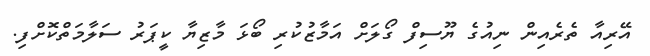
އޭރިއާ ތެރެއިން ނިއުގެ ޔޫސިފް ގޯލަށް އަމާޒުކުރި ބޯޅަ މާޒިޔާ ކީޕަރު ސަލާމަތްކޮށްފި.